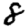
Digit: 8